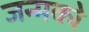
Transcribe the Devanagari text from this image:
जन्मको